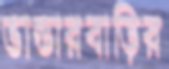
ভান্ডারবাড়ির